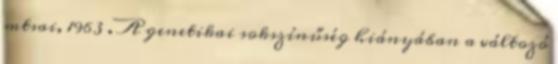
mtsai, 1963 . A genetikai sokszínűség hiányában a változó